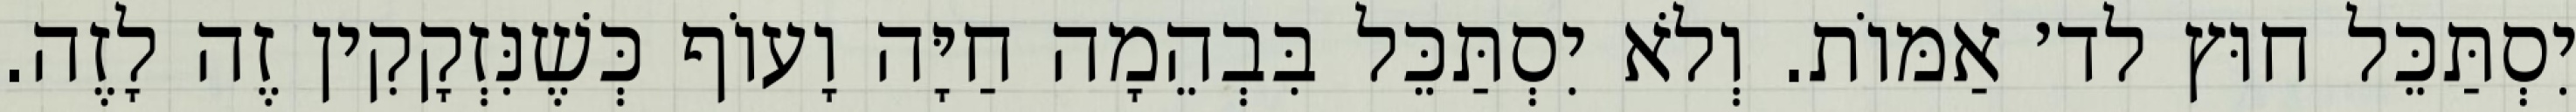
יִסְתַּכֵּל חוּץ לד׳ אַמּוֹת. וְלֹא יִסְתַּכֵּל בִּבְהֵמָה חַיָּה וָעוֹף כְּשֶׁנִּזְקָקִין זֶה לָזֶה.